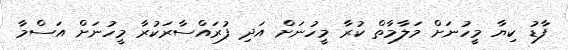
ފާޑު ކިޔާ މީހުނަށް މަލާމާތް ކުރާ މީހުނަށް އަދި ފުރައްސާރަކުރާ މީހުނަށް އަސްމާ